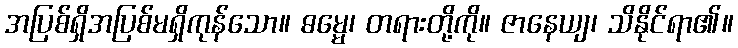
အပြစ်ရှိအပြစ်မရှိကုန်သော။ ဓမ္မေ၊ တရားတို့ကို။ ဇာနေယျ၊ သိနိုင်ရာ၏။